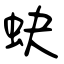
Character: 蚗